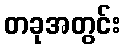
တခုအတွင်း